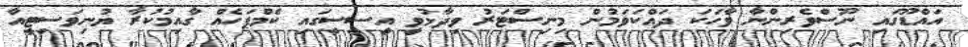
އައްޑޫގައި ނޫސްވެރިންނާ ވާހަކަ ދައްކަވަމުން މިނިސްޓަރު ވިދާޅުވީ އީސީސީގައި ކެމްޕަހެއް ގާއިމުކުރާ ޔުނިވަސިޓީއާ